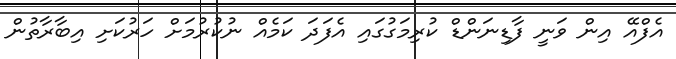
އެފްއޭ އިން ވަނީ ފާޑިނަންޑް ކުރިމަގުގައި އެފަދަ ކަމެއް ނުކުރުމަށް ހަރުކަށި އިބާރާތުން